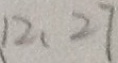
1 2 . 2 7